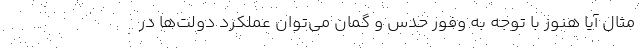
مثال آیا هنوز با توجه به وفور حدس و گمان می‌توان عملکرد دولت‌ها در